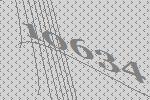
10634